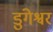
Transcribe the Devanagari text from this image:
डुंगेश्वर